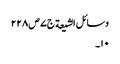
وسائل الشیعة ج٧ ص ٢٢٨
١٠۔